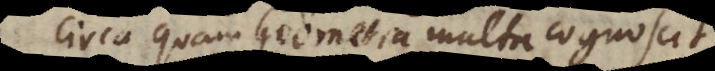
circa quam Geometra perfecte cognoscitur.